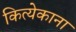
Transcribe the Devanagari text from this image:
कित्येकाना